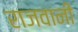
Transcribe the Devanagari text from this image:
राजवानी